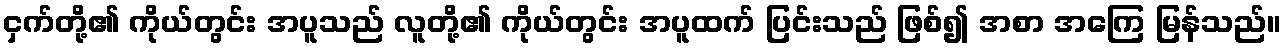
ငှက်တို့၏ ကိုယ်တွင်း အပူသည် လူတို့၏ ကိုယ်တွင်း အပူထက် ပြင်းသည် ဖြစ်၍ အစာ အကြေ မြန်သည်။